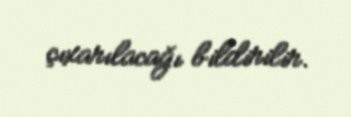
çıxarılacağı bildirilir.